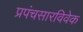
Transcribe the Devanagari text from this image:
प्रपंचसारविवेक